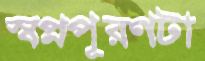
স্বপ্নপূরণটা